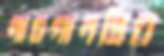
নাচগানপ্রিয়